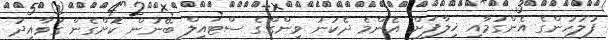
ފުލުހުންގެ އެންގުމާއި ޚިލާފަށް އެންމެ ދެކުނު ވިންގްގެ ސްޓައިލް ބޭނުން ކޮށްގެން ގަވާއިދު